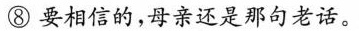
⑧要相信的，母亲还是那句老话。